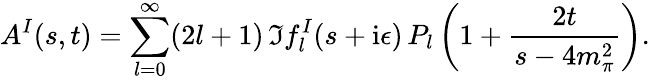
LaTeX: A^{I}(s,t)=\sum_{l=0}^{\infty}(2l+1)\, \Im f_{l}^{I}(s+\mathrm{i}\epsilon)\, P_{l}\left(1+{\frac{2t}{s-4m_{\pi}^{2}}}\right).